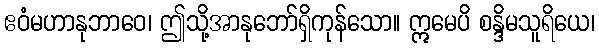
ဧဝံမဟာနုဘာဝေ၊ ဤသို့အာနုဘော်ရှိကုန်သော။ ဣမေပိ စန္ဒိမသူရိယေ၊